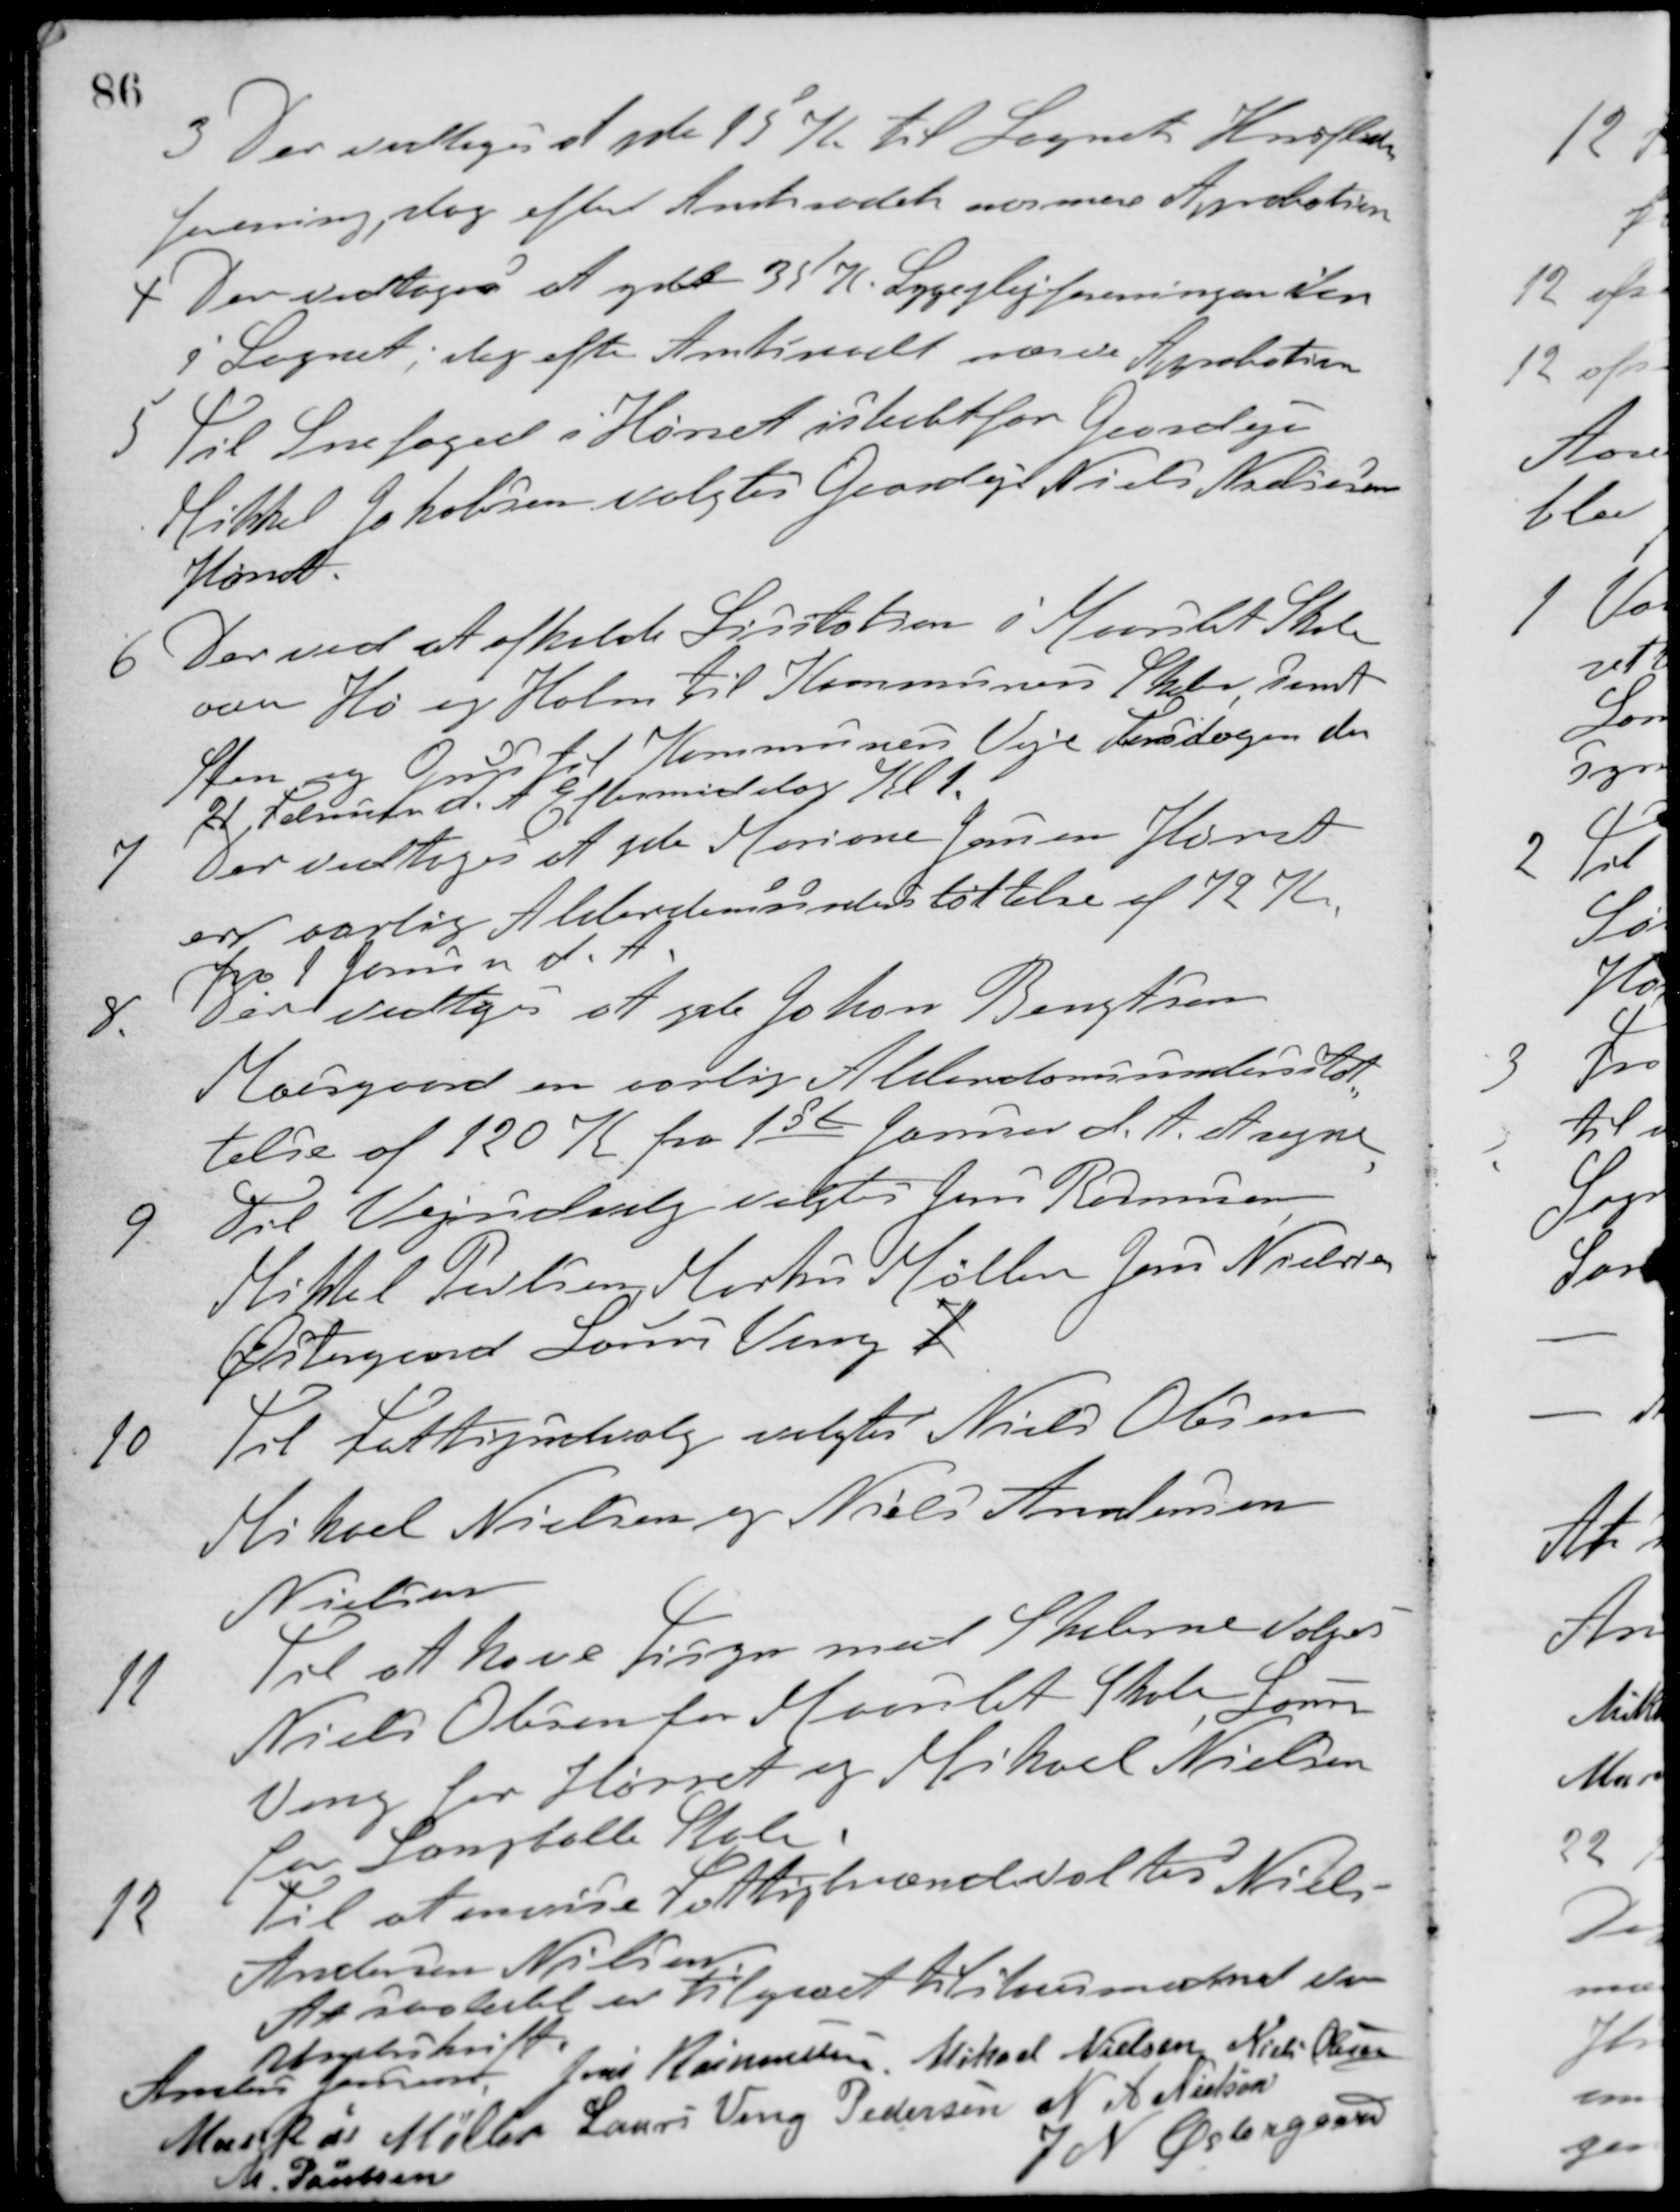
Transskription:
3 Der vedtoges at yde 15 Kr. til Sognets Husafløser-
forening, dog efter Amtsraadets nærmere Approbation.
4 Der vedtoges at ydet 35 K Sygeplejeforeningen her
i Sognet; dog efter Amtsraadet nærre Approbation.
5 Til Snefoged i Hørret i stedet for Gaardejer
Mikkel Jakobsen valgtes Gaardejer Niels Nielsen
Hørret.
6. Der ved at afholde Licitation i Maarslet Skole
over Hø og Halm til Kommunens Skoler samt
Sten og Grus til Kommunens Veje Torsdagen den
21 Februar d. A. Eftermiddag Kl. 1.
7 Der vedtoges at yde Mariane Jensen Hørret
en aarlig Alderdomsunderstøttelse af 72 Kr.
fra 1 Januar d. A.
8. Der vedtoges at yde Johan Bengtson
Moesgaard en aarlig Alderdomsunderstøt-
telse af 120 K fra 1ste Januar d. A. at regne.
9. Til Vejudvalg valgtes Jens Rasmussen
Mikkel Povlsen, Markus Møller, Jens Nielsen
Østergaard, Laurs Veng 1
10. Til Fattigudvalg valgtes Niels Olesen
Mikael Nielsen og Niels Andersen
Nielsen
11. Til at have Tisyn med Skolerne valgtes
Niels Olesen for Maarslet Skole, Laurs
Veng for Hørret og Mikael Nielsen
for Langballe Skole.
12. Til at anvise Fattigbrænde valtes Niels
Andersen Nielsen
At saaledes er tilgaaet tilstaaes med vor
Underskrift
Anders Jensen Jens Rasmussen Mikael Nielsen Niels Olesen
Markus Møller Laurs Veng Pedersen N A Nielsen
M. Poulsen
J N Østergaard